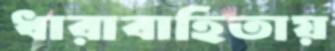
ধারাবাহিতায়